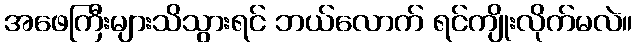
အဖေကြီးများသိသွားရင် ဘယ်လောက် ရင်ကျိုးလိုက်မလဲ။